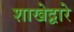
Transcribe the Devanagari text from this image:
शाखेद्वारे